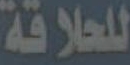
للحلاقة